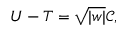
U - T = \sqrt { | w | } { \mathcal { C } } ,